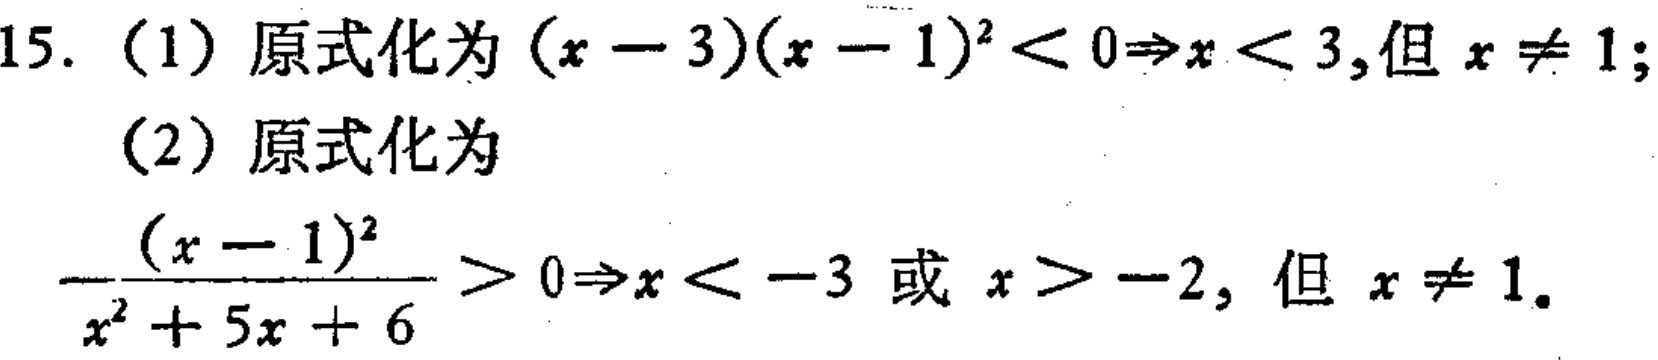
15. (1) 原式化为\((x - 3)(x - 1)^2 < 0\Rightarrow x < 3,但 x\neq 1\);
(2) 原式化为
\(\frac{(x - 1)^2}{x^2 + 5x + 6} > 0\Rightarrow x < -3或x > -2, 但 x\neq 1\)。